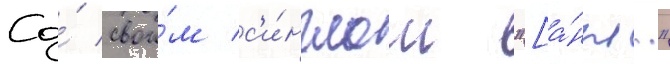
Со́ свои́м с'и́нглом "[а́нгл."